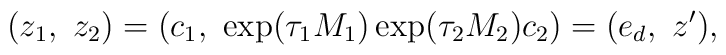
(z_1,\ z_2) = (c_1,\ \exp(\tau_1M_1)\exp(\tau_2M_2)c_2) =(e_d,\ z'),